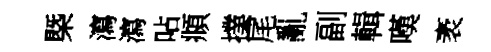
槩瀉瀉呫頫擈尾亂副輯嘆袤